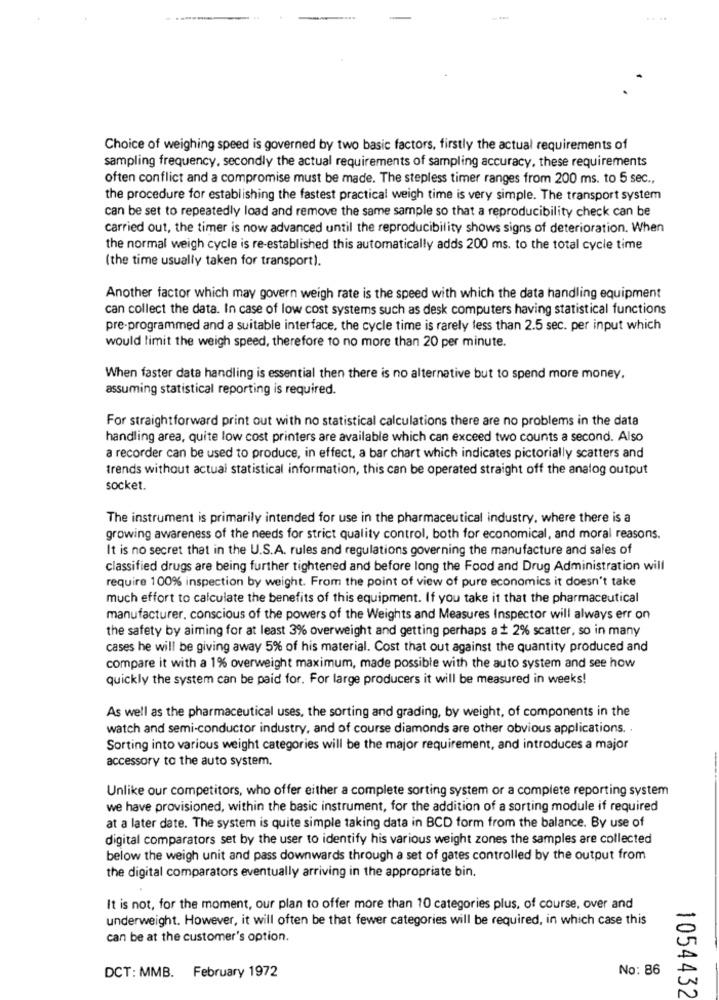
Choice of weighing speed is governed by two basic factors, firstly the actual requirements of
sampling frequency. secondly the actual requirements of sampling accuracy, these requirements
often conflict and a compromise must be made. The stepless timer ranges from 200 ms. to 5 sec .,
the procedure for establishing the fastest practical weigh time is very simple. The transport system
can be set to repeatedly load and remove the same sample so that a reproducibility check can be
carried out, the timer is now advanced until the reproducibility shows signs of deterioration. When
the normal weigh cycle is re-established this automatically adds 200 ms. to the total cycle time
(the time usually taken for transport).
Another factor which may govern weigh rate is the speed with which the data handling equipment
can collect the data. In case of low cost systems such as desk computers having statistical functions
pre-programmed and a suitable interface, the cycle time is rarely less than 2.5 sec. per input which
would limit the weigh speed, therefore to no more than 20 per minute.
When faster data handling is essential then there is no alternative but to spend more money.
assuming statistical reporting is required.
For straightforward print out with no statistical calculations there are no problems in the data
handling area, quite low cost printers are available which can exceed two counts a second. Also
a recorder can be used to produce, in effect, a bar chart which indicates pictorially scatters and
trends without actual statistical information, this can be operated straight off the analog output
socket.
The instrument is primarily intended for use in the pharmaceutical industry, where there is a
growing awareness of the needs for strict quality control, both for economical, and moral reasons.
It is no secret that in the U.S.A. rules and regulations governing the manufacture and sales of
classified drugs are being further tightened and before long the Food and Drug Administration will
require 100% inspection by weight. From the point of view of pure economics it doesn't take
much effort to calculate the benefits of this equipment. If you take it that the pharmaceutical
manufacturer, conscious of the powers of the Weights and Measures Inspector will always err on
the safety by aiming for at least 3% overweight and getting perhaps a + 2% scatter, so in many
cases he will be giving away 5% of his material. Cost that out against the quantity produced and
compare it with a 1% overweight maximum, made possible with the auto system and see how
quickly the system can be paid for. For large producers it will be measured in weeks!
As well as the pharmaceutical uses, the sorting and grading, by weight, of components in the
watch and semi-conductor industry, and of course diamonds are other obvious applications. .
Sorting into various weight categories will be the major requirement, and introduces a major
accessory to the auto system.
Unlike our competitors, who offer either a complete sorting system or a complete reporting system
we have provisioned, within the basic instrument, for the addition of a sorting module if required
at a later date. The system is quite simple taking data in BCD form from the balance. By use of
digital comparators set by the user to identify his various weight zones the samples are collected
below the weigh unit and pass downwards through a set of gates controlled by the output from
the digital comparators eventually arriving in the appropriate bin.
It is not, for the moment, our plan to offer more than 10 categories plus, of course, over and
underweight. However, it will often be that fewer categories will be required, in which case this
can be at the customer's option.
No: 86
DCT: MMB. February 1972
1054432